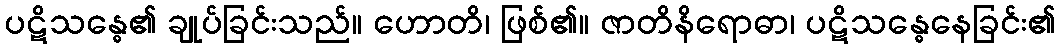
ပဋိသန္ဓေ၏ ချုပ်ခြင်းသည်။ ဟောတိ၊ ဖြစ်၏။ ဇာတိနိရောဓာ၊ ပဋိသန္ဓေနေခြင်း၏